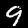
Label: 9